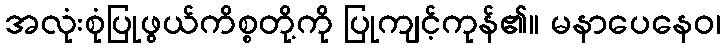
အလုံးစုံပြုဖွယ်ကိစ္စတို့ကို ပြုကျင့်ကုန်၏။ မနာပေနေဝ၊